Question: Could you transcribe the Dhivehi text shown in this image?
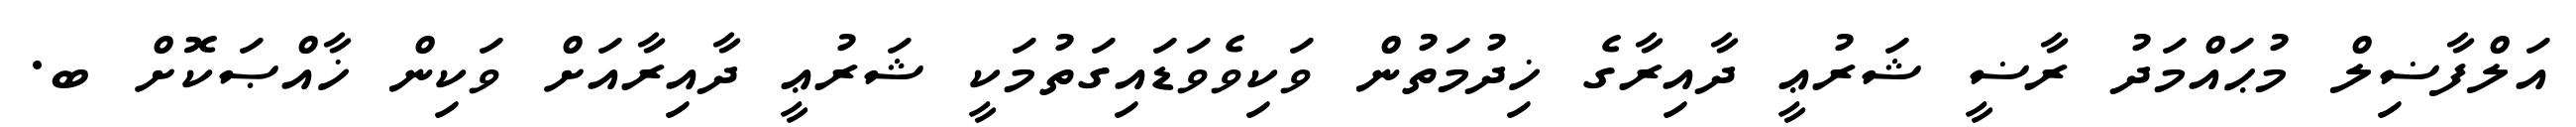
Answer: އަލްފާޟިލް މުޙައްމަދު ރާޟީ ޝަރުޢީ ދާއިރާގެ ޚިދުމަތުން ވަކިވެވަޑައިގަތުމަކީ ޝަރުޢީ ދާއިރާއަށް ވަކިން ޚާއްޞަކޮށް ބ.